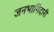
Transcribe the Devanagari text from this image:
जनभागिदारी